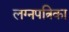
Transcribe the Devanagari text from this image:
लग्नपत्रिका